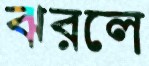
ঝরলে